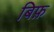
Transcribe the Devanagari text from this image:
बिफ़